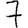
Digit: 7